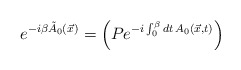
\begin{align*}e^{-i\beta \tilde{A}_{0}(\vec{x})} = \left(P e^{-i\int_{0}^{\beta}dt\,A_{0}(\vec{x},t)}\right)\end{align*}